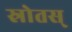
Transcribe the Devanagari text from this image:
स्रोतस्